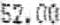
52.00